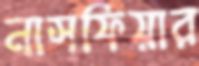
নাসফিয়ার